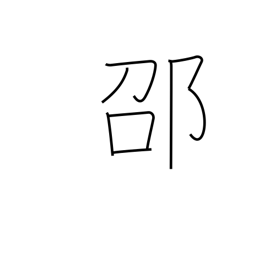
Meaning: place name